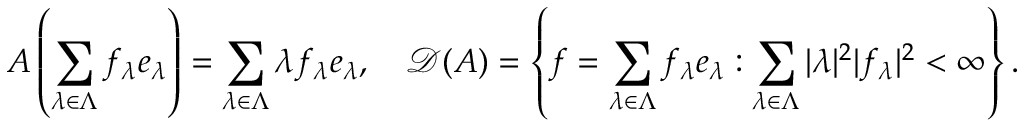
A \left( \sum _ { \lambda \in \Lambda } f _ { \lambda } e _ { \lambda } \right) = \sum _ { \lambda \in \Lambda } \lambda f _ { \lambda } e _ { \lambda } , \quad \mathscr { D } ( A ) = \left\{ f = \sum _ { \lambda \in \Lambda } f _ { \lambda } e _ { \lambda } : \sum _ { \lambda \in \Lambda } | \lambda | ^ { 2 } | f _ { \lambda } | ^ { 2 } < \infty \right\} .